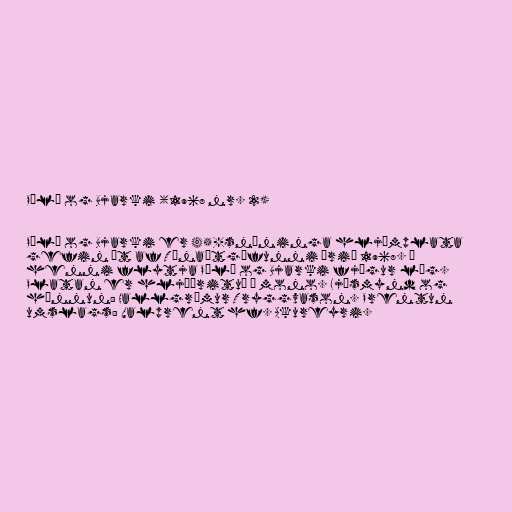
Póló og Bjarki (1968 nr. 2)

Póló og Bjarki er 45-snúninga hljómplata
gefin út af Tónaútgáfunni árið 1968. Á
henni flytja Póló og Bjarki fjögur lög.
Platan er hljóðrituð í mono. Ljósmynd og
hönnun: Hallgrímur Tryggvason. Prentun
umslags: Valprent hf. Akureyri.